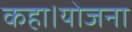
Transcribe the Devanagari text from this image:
कहा।योजना